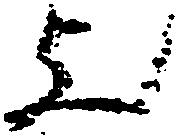
歟